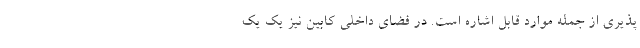
پذیری از جمله موارد قابل اشاره است. در فضای داخلی کابین نیز یک یک